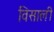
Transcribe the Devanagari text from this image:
विसाली